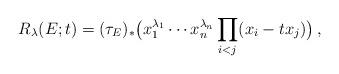
LaTeX: \begin{align*}R_{\lambda}(E;t)=(\tau_E)_*\bigl(x_1^{\lambda_1}\cdots x_n^{\lambda_n} \prod_{i<j}(x_i-tx_j)\bigr)\,,\end{align*}